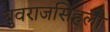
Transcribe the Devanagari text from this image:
युवराजसिंहला